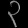
Digit: ၃